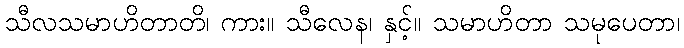
သီလသမာဟိတာတိ၊ ကား။ သီလေန၊ နှင့်။ သမာဟိတာ သမုပေတာ၊